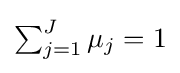
{\textstyle \sum _{j=1}^{J}\mu _{j}=1}